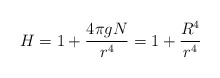
\begin{align*}H=1+\frac{4\pi gN}{r^4}= 1+\frac{R^4}{r^4}\end{align*}